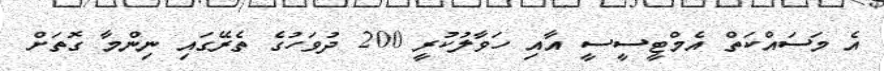
އެ މަސައްކަތް އެމްޓީސީސީ އާއި ހަވާލުކުރީ 200 ދުވަހުގެ ތެރޭގައި ނިންމާ ގޮތަށް